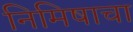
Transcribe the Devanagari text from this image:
निमिषाचा